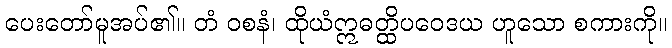
ပေးတော်မူအပ်၏။ တံ ဝစနံ၊ ထိုယံဣဓတ္ထိပဝေဒယ ဟူသော စကားကို။